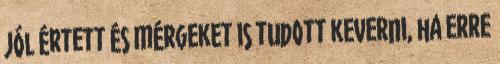
jól értett és mérgeket is tudott keverni, ha erre